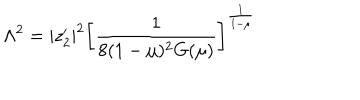
\Lambda ^ { 2 } = | z _ { 2 } ^ { \prime } | ^ { 2 } \left[ \frac { 1 } { 8 ( 1 - \mu ) ^ { 2 } G ( \mu ) } \right] ^ { \frac { 1 } { 1 - \mu } }